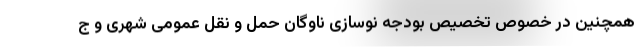
همچنین در خصوص تخصیص بودجه نوسازی ناوگان حمل و نقل عمومی شهری و ج